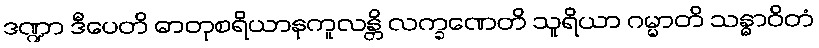
ဒဏ္ဍာ ဒီပေတိ ဓာတုစရိယာနုကူလန္တိ လက္ခဏေတိ သူရိယာ ဂမ္မာတိ သန္ဓာဝိတံ